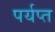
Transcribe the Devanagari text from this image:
पर्यप्त